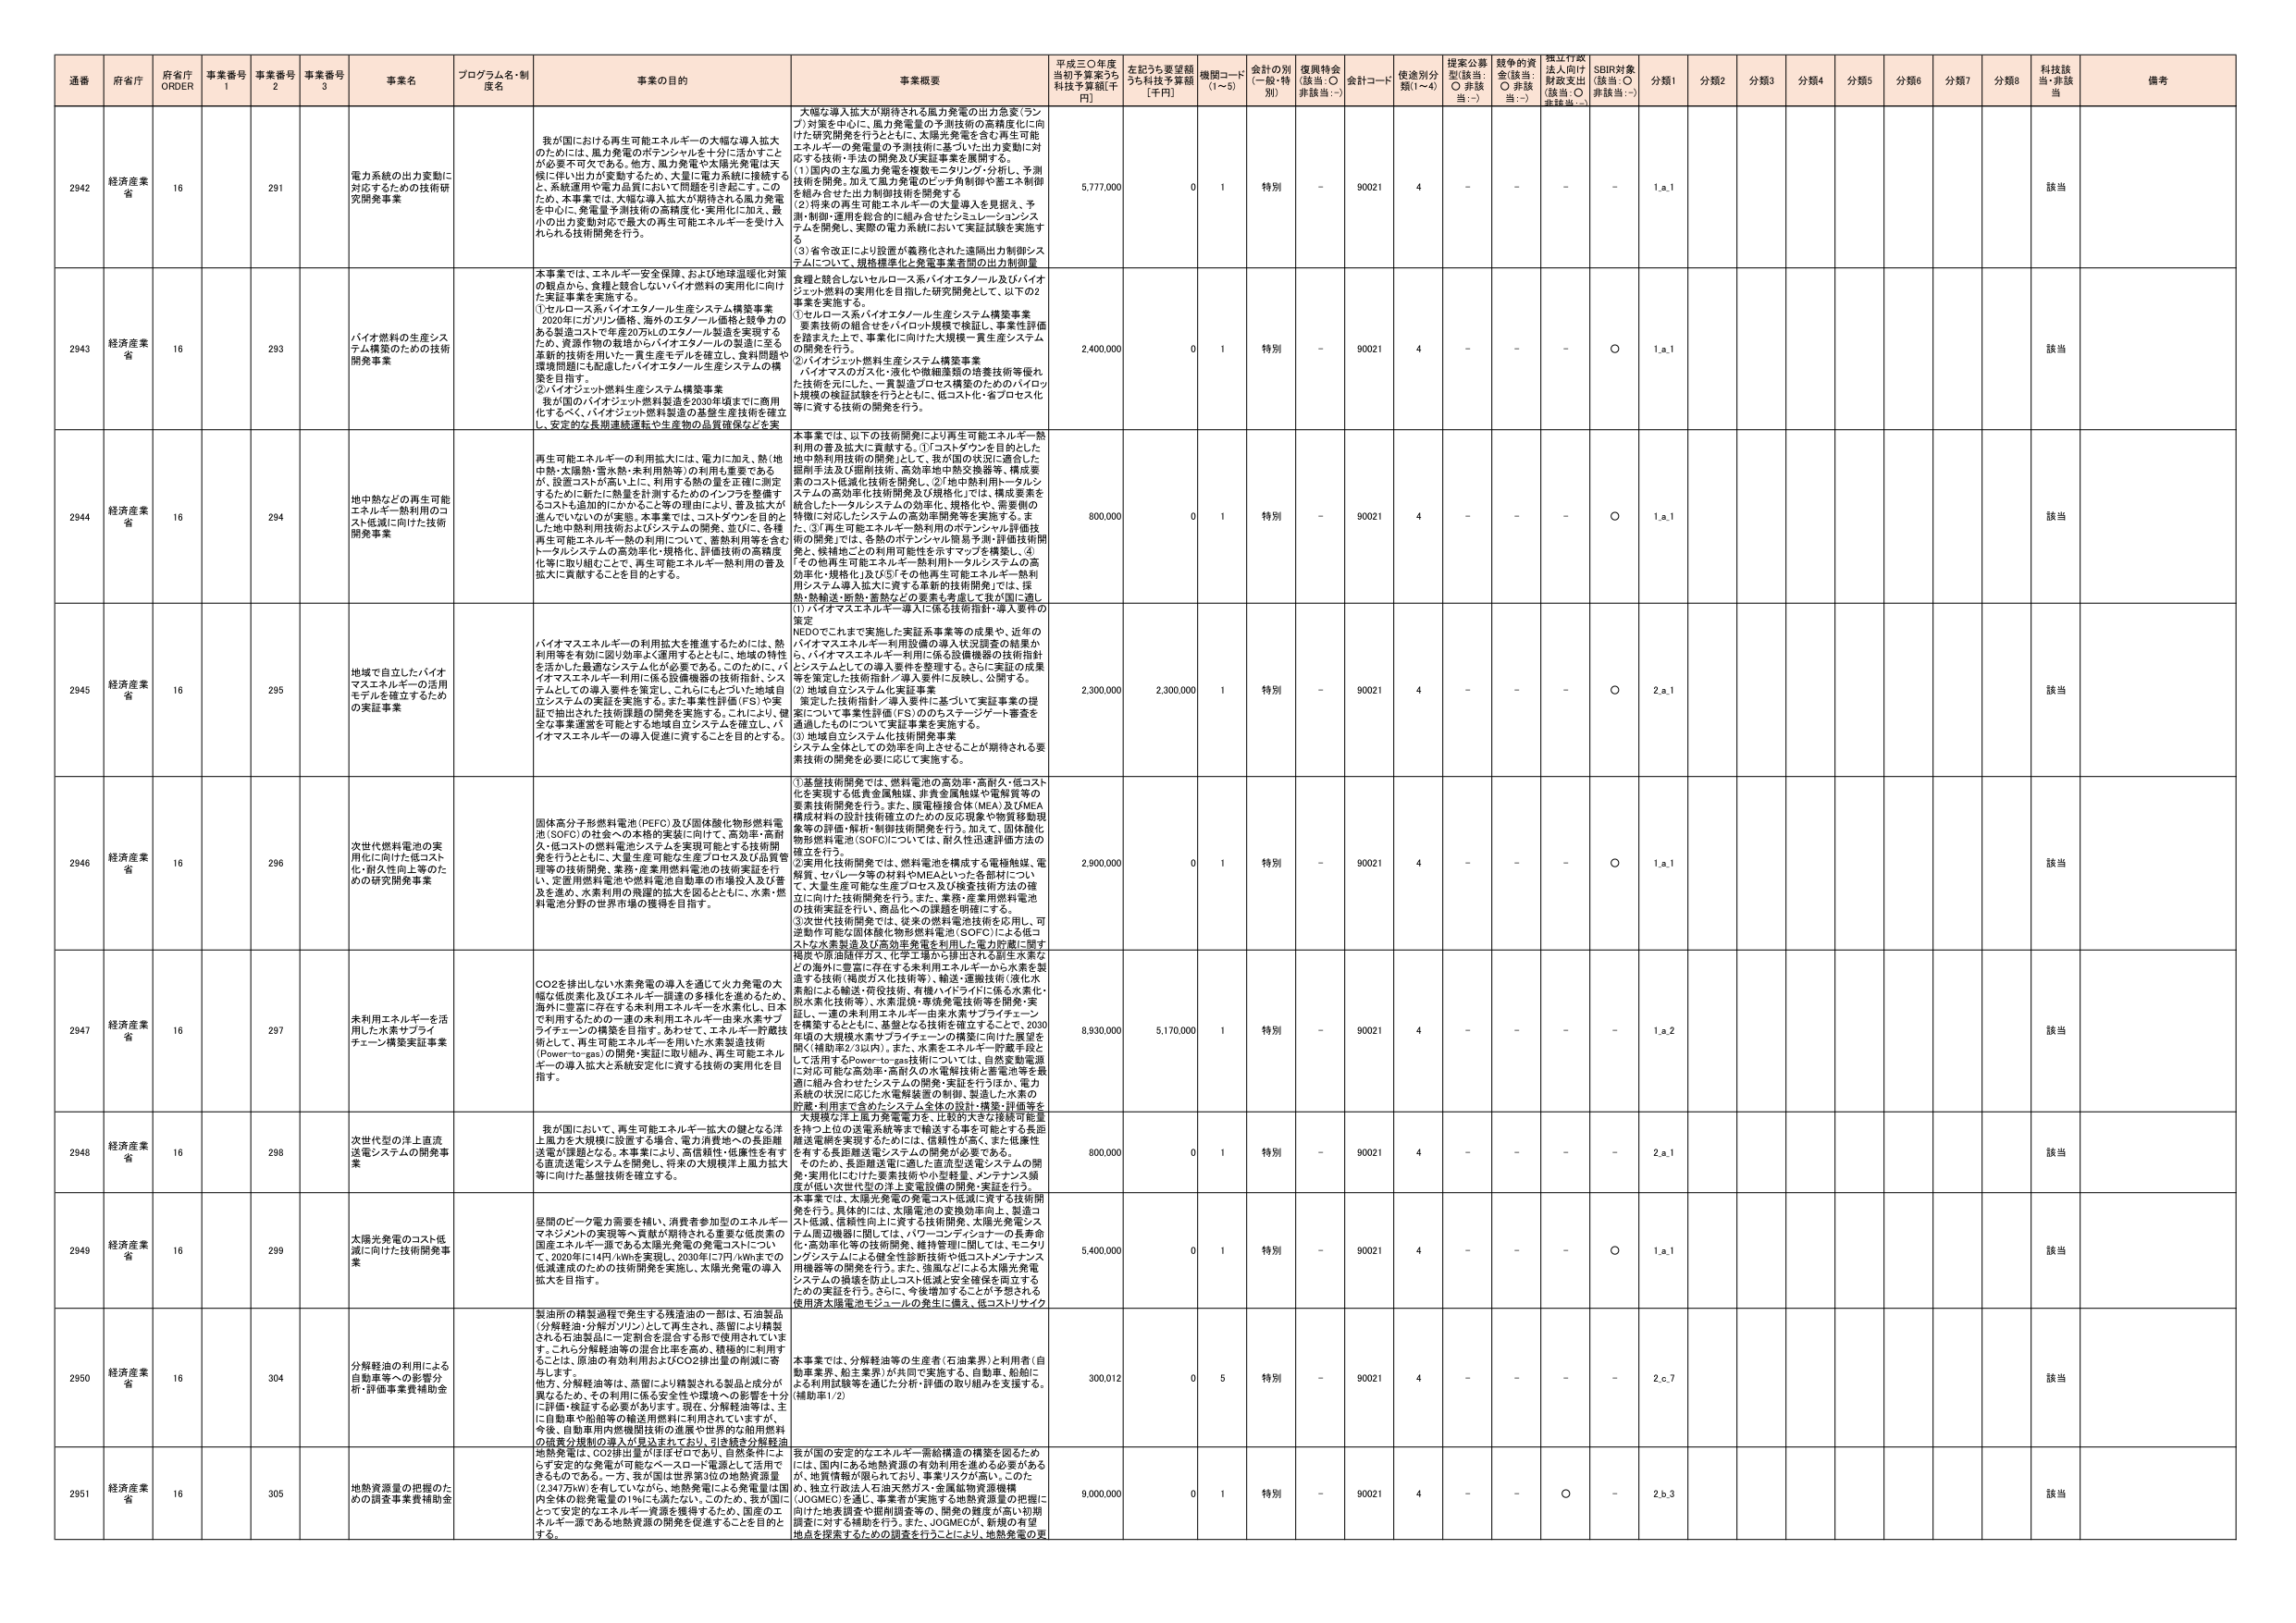
通番 府省庁 府省庁 ORDER 事業番号 1 事業番号 2 事業番号 3 事業名 プログラム名・制度名 事業の目的 事業概要 平成三〇年度当初予算案うち科技予算額[千円] 左記うち要望額うち科技予算額[千円] 機関コード(1～5) 金計の別(一般・特別) 復興特会(該当:○ 非該当:－) 金計コード 使途別分類(1～4) 提案公募型(該当:○ 非該当:－) 競争的資金(該当:○ 非該当:－) 採択行政法上向け財政支出(該当:○ 非該当:－) SDBR対象(該当:○ 非該当:－) 分類1 分類2 分類3 分類4 分類5 分類6 分類7 分類8 科技該当 備考

2942 経済産業省 16 291 電力系統の出力変動に対応するための技術研究開発事業 我が国における再生可能エネルギーの大幅な導入拡大のためには、風力発電のポテンシャルを十分に活かすことが必要不可欠である。他方、風力発電や太陽光発電は天候に伴い出力が変動するため、大量に電力を供給するため、系統運用や電力品質において問題が引き起こす。このため、本事業では、大幅な導入拡大が期待される風力発電を中心に、発電量予測技術の高精度化・実用化に加え、最小の出力変動対応で最大の再生可能エネルギーを受け入れられる技術開発を行う。 大幅な導入拡大が期待される風力発電の出力急変（ランプ）対策を中心に、風力発電量の予測技術の高精度化に向けた研究開発を行うとともに、太陽光発電を含む再生可能エネルギーの発電量の予測技術に応じた出力変動に対応する技術・手法の開発及び実証事業を展開する。 (1)国内の主な風力発電を複数モニタリング・分析し、予測技術を開発。加えて風力発電のピッチ制御や垂直エキ制御を組み合わせた出力制御技術を開発する。 (2)将来の再生可能エネルギーの大量導入を見据え、予測・制御・運用を総合的に組み合わせたシミュレーションシステムを開発し、実際の電力系統において実証試験を実施する。 (3)省令改正により設置が義務化された遠隔出力制御システムについて、規格標準化と発電事業者間の出力制御量 5,777,000 0 1 特別 － 90021 4 － － － － 1,a,1 該当

2943 経済産業省 16 293 バイオ燃料の生産システム構築のための技術開発事業 本事業では、エネルギー安全保障、および地球温暖化対策の観点から、食糧と競合しないバイオ燃料の実用化に向けた実証事業を実施する。 ①セルロース系バイオエタノール生産システム構築事業 2020年にガソリン価格、海外のエタノール価格と競争力のある製造コストで年産20万KLのエタノール製造を実現するため、資源作物の栽培からバイオエタノールの製造に至る革新的技術を用いた一貫生産モデルを確立し、食料問題や環境問題にも配慮したバイオエタノール生産システムの構築を目指す。 ②バイオジェット燃料生産システム構築事業 我が国のバイオジェット燃料製造を2030年頃までに商用化するべく、バイオジェット燃料製造の生産工程技術を確立し、安定的な長期連続運転や生産物の品質確保などを実 食糧と競合しないセルロース系バイオエタノール及びバイオジェット燃料の実用化を目指した研究開発として、以下の2事業を実施する。 ①セルロース系バイオエタノール生産システム構築事業 要素技術の組合せをバイオリット規模で検証し、事業性評価を踏まえた上で、事業化に向けた大規模一貫生産システムの開発を行う。 ②バイオジェット燃料生産システム構築事業 バイオマスのガス化・液化や微細藻類の培養技術等優れた技術を元にした、一貫製造プロセス構築のためのバイロット規模の検証試験を行うとともに、低コスト化・省プロセス化等に資する技術の開発を行う。 2,400,000 0 1 特別 － 90021 4 － － － ○ 1,a,1 該当

2944 経済産業省 16 294 地中熱などの再生可能エネルギー熱利用のコスト低減に向けた技術開発事業 再生可能エネルギーの利用拡大には、電力に加え、熱（地中熱・太陽熱・雪氷熱・未利用熱等）の利用も重要であるが、設置コストが高い上に、利用する熱の量を正確に測定するのに課題がある。本事業では、コストダウンを目的とした地中熱利用技術およびシステムの開発、並びに、各種再生可能エネルギー熱の利用について、蓄熱利用等を含むトータルシステムの高効率化・規格化、評価技術の高精度化等に取り組むことで、再生可能エネルギー熱利用の普及拡大に貢献することを目的とする。 本事業では、以下の技術開発により再生可能エネルギー熱利用の普及拡大に貢献する。①コストダウンを目的とした地中熱利用技術の開発として、我が国の状況に適応した掘削手法及び掘削技術、高効率地中熱交換器等、構成要素のコスト低減化技術を開発し、②「地中熱利用トータルシステムの高効率化技術開発及び規格化」では、構成要素を統合したトータルシステムの効率化、規格化や、需要側の情報に対応したシステムの高効率制御等を実施する。また、③「再生可能エネルギー熱利用のポテンシャル評価技術の開発」では、各熱のポテンシャル簡易予測・評価技術開発と、候補地ごとの利用可能性を示すマップを構築し、④「その他再生可能エネルギー熱利用トータルシステムの高効率化・規格化」及び⑤「その他再生可能エネルギー熱利用システム導入拡大に資する革新的技術開発」では、採熱・熱輸送・断熱・蓄熱などの要素も考慮して我が国に適し 800,000 0 1 特別 － 90021 4 － － － ○ 1,a,1 該当

2945 経済産業省 16 295 地域で自立したバイオマスエネルギーの活用モデルを確立するための実証事業 バイオマスエネルギーの利用拡大を推進するためには、熱利用等を有効に取り効率よく運用するとともに、地域の特性を活かした最適なシステム化が必要である。このため、バイオマスエネルギー利用に係る設備機器の技術指針、システムとしての導入要件を策定し、これらにそった地域自立システムの実証を実施する。また事業性評価（FS）や実証で抽出された技術課題の開発を実施する。これにより、健全な事業運営を可能とする地域自立システムを確立し、バイオマスエネルギーの導入促進に資することを目的とする。 (1)バイオマスエネルギー導入に係る技術指針・導入要件の策定 NEDOでこれまで実施した実証系事業等の成果や、近年のバイオマスエネルギー利用設備の導入状況調査の結果から、バイオマスエネルギー利用に係る設備機器の技術指針とシステムとしての導入要件を整理する。さらに実証の成果等を策定した技術指針・導入要件に反映し、公開する。 (2)地域自立システム化実証事業 策定した技術指針／導入要件に基づいて実証事業の提案について事業性評価（FS）ののちステージゲート審査を通過したもとのについて実証事業を実施する。 (3)地域自立システム化技術開発事業 システム全体としての効率を向上させることが期待される要素技術の開発を必要に応じて実施する。 2,300,000 2,300,000 1 特別 － 90021 4 － － － ○ 2,a,1 該当

2946 経済産業省 16 296 次世代燃料電池の実用化に向けた低コスト化・耐久性向上等のための研究開発事業 固体高分子形燃料電池（PEFC）及び固体酸化物形燃料電池（SOFC）の社会への本格的実装に向けて、高効率・高耐久・低コストの燃料電池システムを実現可能とする技術開発を行うとともに、大量生産可能な生産プロセス及び品質管理等の技術開発、水素・産業用燃料電池の技術実証を行う。定置用燃料電池や燃料電池自動車の市場投入及び普及を進め、水素利用の飛躍的拡大を図るとともに、水素・燃料電池分野の世界市場の獲得を目指す。 ①基盤技術開発では、燃料電池の高効率・高耐久・低コスト化を実現する低貴金属触媒、非貴金属触媒や電解質等の要素技術開発を行う。また、膜電極接合体（MEA）及びMEA構成材料の設計技術確立のための反応現象や物質移動現象等の評価・解析・制御技術開発を行う。加えて、固体酸化物形燃料電池（SOFC）については、耐久性迅速評価方法の確立を行う ②実用化技術開発では、燃料電池を構成する電極触媒、電解質、セパレータ等の材料やMEAといった各部材について、大量生産可能な生産プロセス及び検査技術方法の確立に向けた技術開発を行う。また、業務・産業用燃料電池の技術実証を行い、商品化への課題を明確にする。 ③次世代技術開発では、従来の燃料電池技術を応用し、可逆動作可能な固体酸化物形燃料電池（SOFC）による低コストな水素製造及び高効率発電を利用した電力供給に関する複数や原液回収方式、化学手順から排出される副生水素などの海外に豊富に存在する未利用エネルギーから水素を製造する技術（褐炭ガス化技術等）、輸送・運搬技術（液化水素船による輸送・荷役技術、有機ハイドライドに換る水素化・脱水素化技術等）、水素混焼・導体発電技術等を開発・実証し、一連の未利用エネルギー由来水素サプライチェーンを構築するとともに、基盤となる技術を確立することで、2030年頃の大規模水素サプライチェーンの構築に向けた展望を描く（補助率2.3以内）。また、水素エネルギー貯蔵手段として活用するPower-to-gas技術については、自然変動電源に対応可能な高効率・高耐久の水電解技術と蓄電池等を最適に組み合わせたシステムの開発・実証を行うほか、電力系統の状況に応じた水電解装置の制御、製造した水素の貯蔵・利用まで含めたシステム全体の設計・構築・評価等を 2,900,000 0 1 特別 － 90021 4 － － － ○ 1,a,1 該当

2947 経済産業省 16 297 未利用エネルギーを活用した水素サプライチェーン構築実証事業 CO2を排出しない水素発電の導入を通じて火力発電の大幅な低炭素化及びエネルギー調達の多様化を進めるため、海外に豊富に存在する未利用エネルギーを水素化し、日本で利用するための一連の未利用エネルギー由来水素サプライチェーンの構築を目指す。あわせて、水素貯蔵技術として、再生可能エネルギーを用いた水素製造技術（Power-to-gas）の開発・実証に取り組み、再生可能エネルギーの導入拡大と系統安定化に資する技術の実用化を目指す。 8,930,000 5,170,000 1 特別 － 90021 4 － － － － 1,a,2 該当

2948 経済産業省 16 298 次世代型の洋上直流送電システムの開発事業 我が国において、再生可能エネルギー拡大の鍵となる洋上風力を大規模に設置する場合、電力消費地への長距離送電が課題となる。本事業により、高信頼性・低廉性を有する直流送電システムを開発し、将来の大規模洋上風力拡大等に向けた基盤技術を確立する。 大規模な洋上風力発電電力を、比較的大きな接続可能量を持つ上位の送電系統等まで輸送する事を可能とする長距離送電網を実現するためには、信頼性が高く、また低廉性を有する長距離送電システムの開発が必要である。 そのため、長距離送電システムの開発・実用化に向けた要素技術や小型軽量、メンテナンス頻度が低い次世代型の洋上変電設備の開発・実証を行う。 800,000 0 1 特別 － 90021 4 － － － － 2,a,1 該当

2949 経済産業省 16 299 太陽光発電のコスト低減に向けた技術開発事業 昼間のピーク電力需要を賄い、消費者参加型のエネルギーマネジメントの実現等へ貢献が期待される重要な低炭素の国産エネルギー源である太陽光発電の発電コストについて、2020年に14円/kWhを実現し、2030年に7円/kWhまでの低減達成のための技術開発を実施し、太陽光発電の導入拡大を目指す。 本事業では、太陽光発電の発電コスト低減に資する技術開発を行う。具体的には、太陽電池の変換効率向上、製造コスト低減、信頼性向上に資する技術開発、太陽光発電システム周辺機器に関しては、パワーコンディショナーの長寿命化・高効率化等の技術開発、維持管理に関しては、モニタリングシステムによる健全性診断技術や低コストメンテナンス用機器等の開発を行う。また、基盤などによる太陽光発電システムの損壊を防止しコスト低減と安全確保を両立するための実証を行う。さらに、今後増加することが予想される使用済太陽電池モジュールの発生に備え、低コストリサイク 5,400,000 0 1 特別 － 90021 4 － － － ○ 1,a,1 該当

2950 経済産業省 16 304 分解軽油の利用による自動車等への影響分析・評価事業費補助金 製油所の精製過程で発生する残渣油の一部は、石油製品（分解軽油・分解ガソリン）に再生され、蒸留により精製される石油製品に一定割合を混合する形で使用されています。これら分解軽油等の混合比率を高め、積極的に利用することは、原油の有効利用およびCO2排出量の削減に寄与します。 他方、分解軽油等は、蒸留により精製される製品と成分が異なるため、その利用に係る安全性や環境への影響を十分に評価・検証する必要があります。現在、分解軽油等は、主に自動車や船舶等の輸送用燃料に利用されていますが、今後、自動車用内燃機関技術の進展や世界的な使用燃料の品質分規制の導入が見込まれており、引き続き分解軽油 本事業では、分解軽油等の生産者（石油業界）と利用者（自動車業界、船主業界）が共同で実施する、自動車、船舶による利用試験等を通じた分析・評価の取り組みを支援する。（補助率1/2） 300,012 0 5 特別 － 90021 4 － － － － 2,c,7 該当

2951 経済産業省 16 305 地熱資源量の把握のための調査事業費補助金 地熱発電は、CO2排出量がほぼゼロであり、自然条件によらず安定的な発電が可能でベースロード電源として活用できるものである。一方、我が国は世界第2位の地熱資源量（2,347万kW）を有しているが、地熱発電による発電量は国内全体の総発電量の1％にも満たない。このため、我が国にとって安定的なエネルギー資源を獲得するため、国産のエネルギー源である地熱資源の開発を促進することを目的とする。 我が国の安定的なエネルギー需給構造の構築を図るためには、国内にある地熱資源の有効利用を進める必要があるが、地質情報が限られており、事業リスクが高い。このため、独立行政法人石油天然ガス・金属鉱物資源機構（JOGMEC）を通じ、事業者が実施する地熱資源量の把握に向けた地表調査や掘削調査等の、開発の難度が高い初期調査に対する補助を行う。また、JOGMECが、新規の有望地点を探索するための調査を行うことにより、地熱発電の更 9,000,000 0 1 特別 － 90021 4 － － ○ － 2,b,3 該当